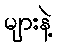
များနဲ့